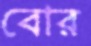
বোর